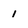
Character: 1